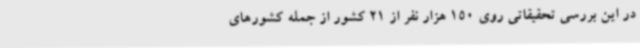
در این بررسی تحقیقاتی روی 150 هزار نفر از 21 کشور از جمله کشورهای